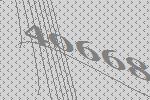
40668